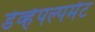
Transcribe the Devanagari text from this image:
डेव्हेपल्पमेंट